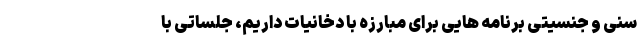
سنی و جنسیتی برنامه‌ هایی برای مبارزه با دخانیات داریم، جلساتی با